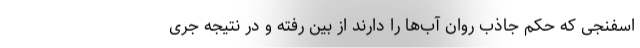
اسفنجی که حکم جاذب روان آب‌ها را دارند از بین رفته و در نتیجه جری